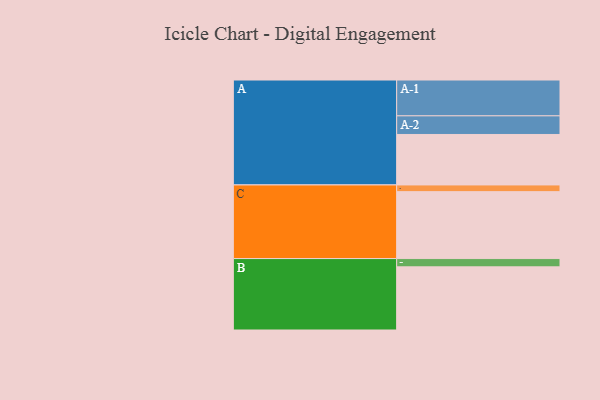
{"axis": {"x": "Segment", "y": "Value"}, "legend": ["", "A", "B", "C"], "data": [{"x": "A", "y": 390, "type": ""}, {"x": "B", "y": 488, "type": ""}, {"x": "C", "y": 517, "type": ""}, {"x": "A-1", "y": 277, "type": "A"}, {"x": "A-2", "y": 144, "type": "A"}, {"x": "B-1", "y": 64, "type": "B"}, {"x": "C-1", "y": 52, "type": "C"}]}